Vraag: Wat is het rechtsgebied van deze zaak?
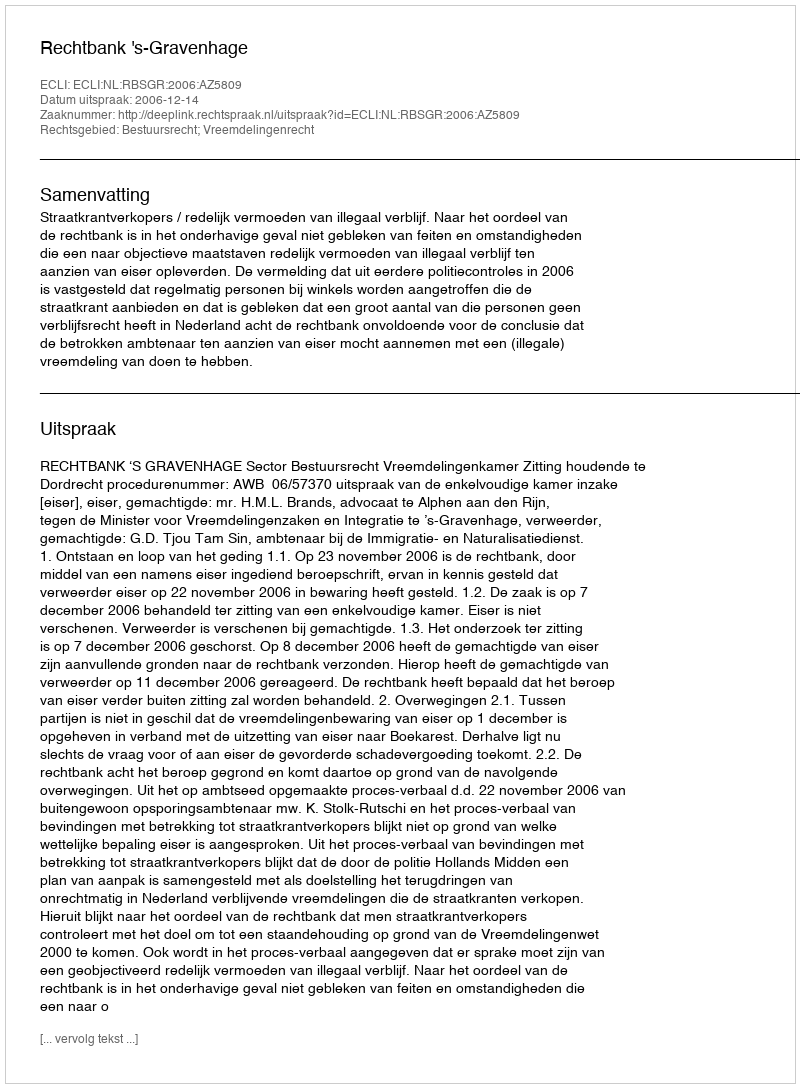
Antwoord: Bestuursrecht; Vreemdelingenrecht